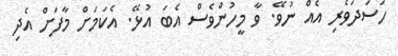
ހަސަދަވެރި އެއް ނުވޭ. ވާ މީހުންވެސް އެބަ އުޅޭ. އެކަމަށް މާފަށް އެދި